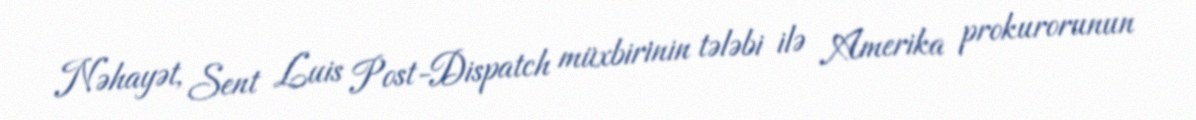
Nəhayət, Sent Luis Post-Dispatch müxbirinin tələbi ilə Amerika prokurorunun